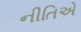
નીતિએ